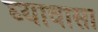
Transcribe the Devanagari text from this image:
घ्यावासा